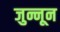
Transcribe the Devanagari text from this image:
जुन्नून